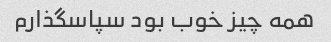
همه چیز خوب بود سپاسگذارم